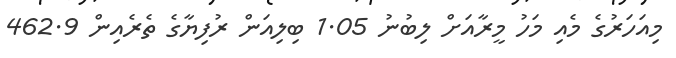
މިއަހަރުގެ މެއި މަހު މީރާއަށް ލިބުނު 1.05 ބިލިއަން ރުފިޔާގެ ތެރެއިން 462.9